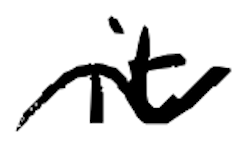
Text: it
Cross-out: wave
Writing tool: digital_black